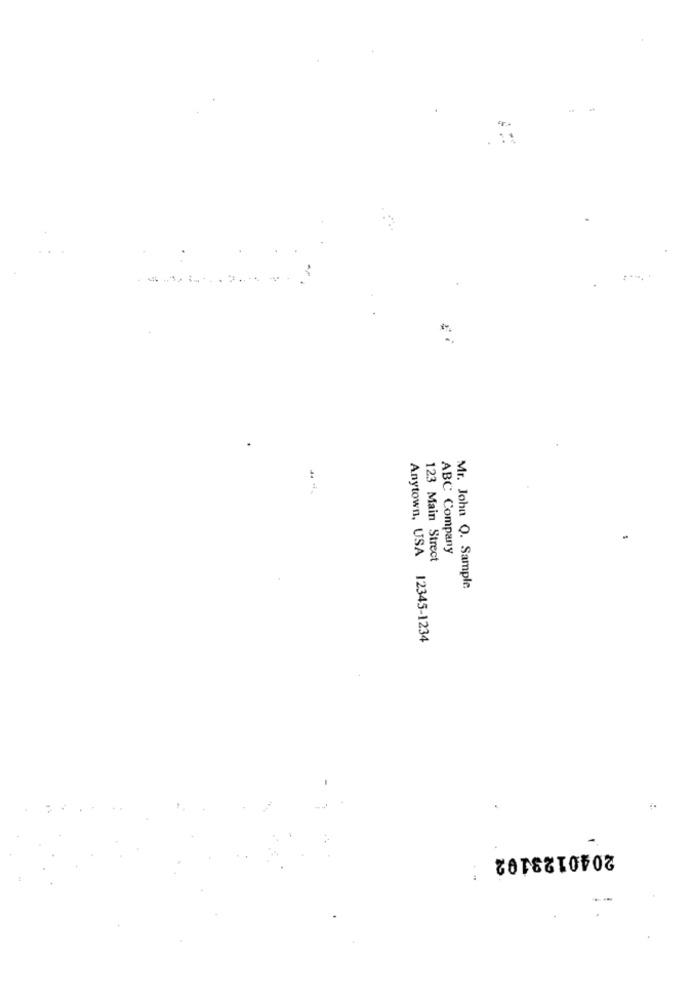
ABC Company
123 Main Street
Mr. John Q. Sample
Anytown, USA 12345-1234
2040123102